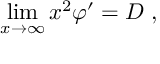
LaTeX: \operatorname * { l i m } _ { x \rightarrow \infty } x ^ { 2 } \varphi ^ { \prime } = D \ ,